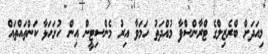
މިއަދަށް ބްރެޒިލްގެ ޓްރާންސްފާ މުއްދަތު ހަމަވާ އިރު މެންސިޓީން އިން ހުށަހަޅާ ކަންތައްތައް